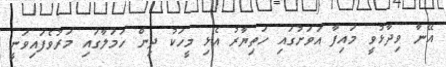
އޭނާ ވިދާޅުވީ މައިފާ އަވަށުގައި ހަތިޔާރު އެޅި މީހަކު ދިން ހަމަލާގައި މަރުވެފައިވަނީ